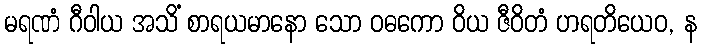
မရဏံ ဂီဝါယ အသိံ စာရယမာနော သော ဝဓကော ဝိယ ဇီဝိတံ ဟရတိယေဝ, န